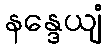
နန္ဒေယျံ